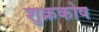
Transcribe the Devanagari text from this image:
शुक्रकोष